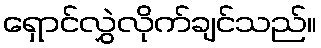
ရှောင်လွှဲလိုက်ချင်သည်။